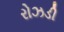
રોઝડી